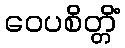
ဝေပစိတ္တိံ